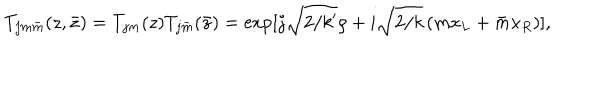
T _ { j m \bar { m } } ( z , \bar { z } ) = T _ { j m } ( z ) T _ { j \bar { m } } ( \bar { z } ) = \exp [ j \sqrt { 2 / k ^ { \prime } } \rho + i \sqrt { 2 / k } \, ( m x _ { L } + \bar { m } x _ { R } ) ] ,